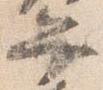
弁